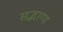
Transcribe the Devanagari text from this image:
सद्भाग्य